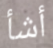
أشأ